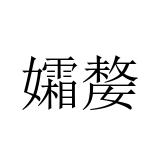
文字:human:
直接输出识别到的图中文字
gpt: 孀嫠